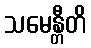
သမေန္တီတိ